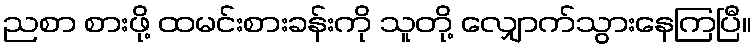
ညစာ စားဖို့ ထမင်းစားခန်းကို သူတို့ လျှောက်သွားနေကြပြီ။